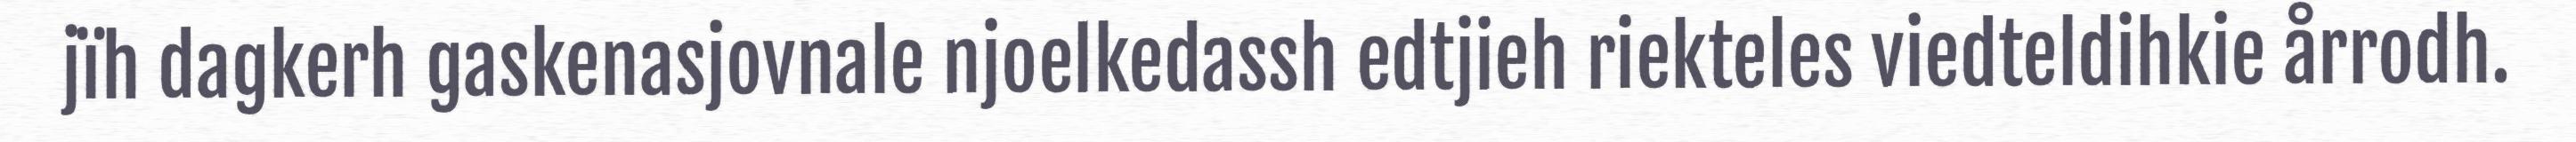
jïh dagkerh gaskenasjovnale njoelkedassh edtjieh riekteles viedteldihkie årrodh.